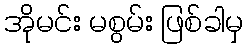
အိုမင်း မစွမ်း ဖြစ်ခါမှ